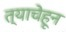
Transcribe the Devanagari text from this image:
त्याचेहून